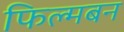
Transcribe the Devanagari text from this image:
फिल्मबन